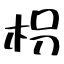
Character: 枴